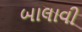
બાલાવી